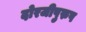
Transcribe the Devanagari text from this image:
दोरजीपुरुष